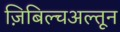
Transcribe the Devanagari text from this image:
ज़िबिल्चअल्तून